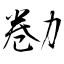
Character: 勌